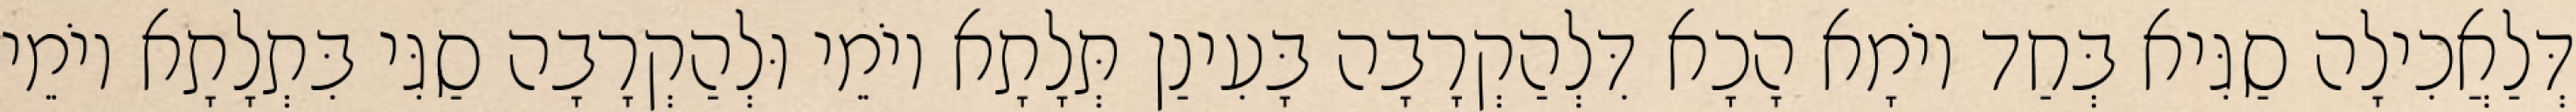
דְּלַאֲכִילָה סַגִּיא בְּחַד יוֹמָא הָכָא דִּלְהַקְרָבָה בָּעִינַן תְּלָתָא יוֹמֵי וּלְהַקְרָבָה סַגִּי בִּתְלָתָא יוֹמֵי